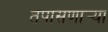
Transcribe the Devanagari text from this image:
तपासणार्‍या